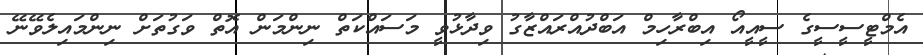
އެމްޓީސީސީގެ ސީއީއޯ އިބްރާހިމް އަބްދުއްރައްޒާގު ވިދާޅުވީ މަސައްކަތް ނިންމަން އޮތް ވަގުތަށް ނިންމައިލެވޭނޭ